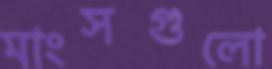
মাংসগুলো